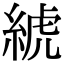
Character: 𦁲